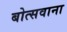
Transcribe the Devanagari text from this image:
बोत्‍सवाना